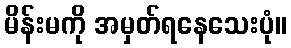
မိန်းမကို အမှတ်ရနေသေးပုံ။